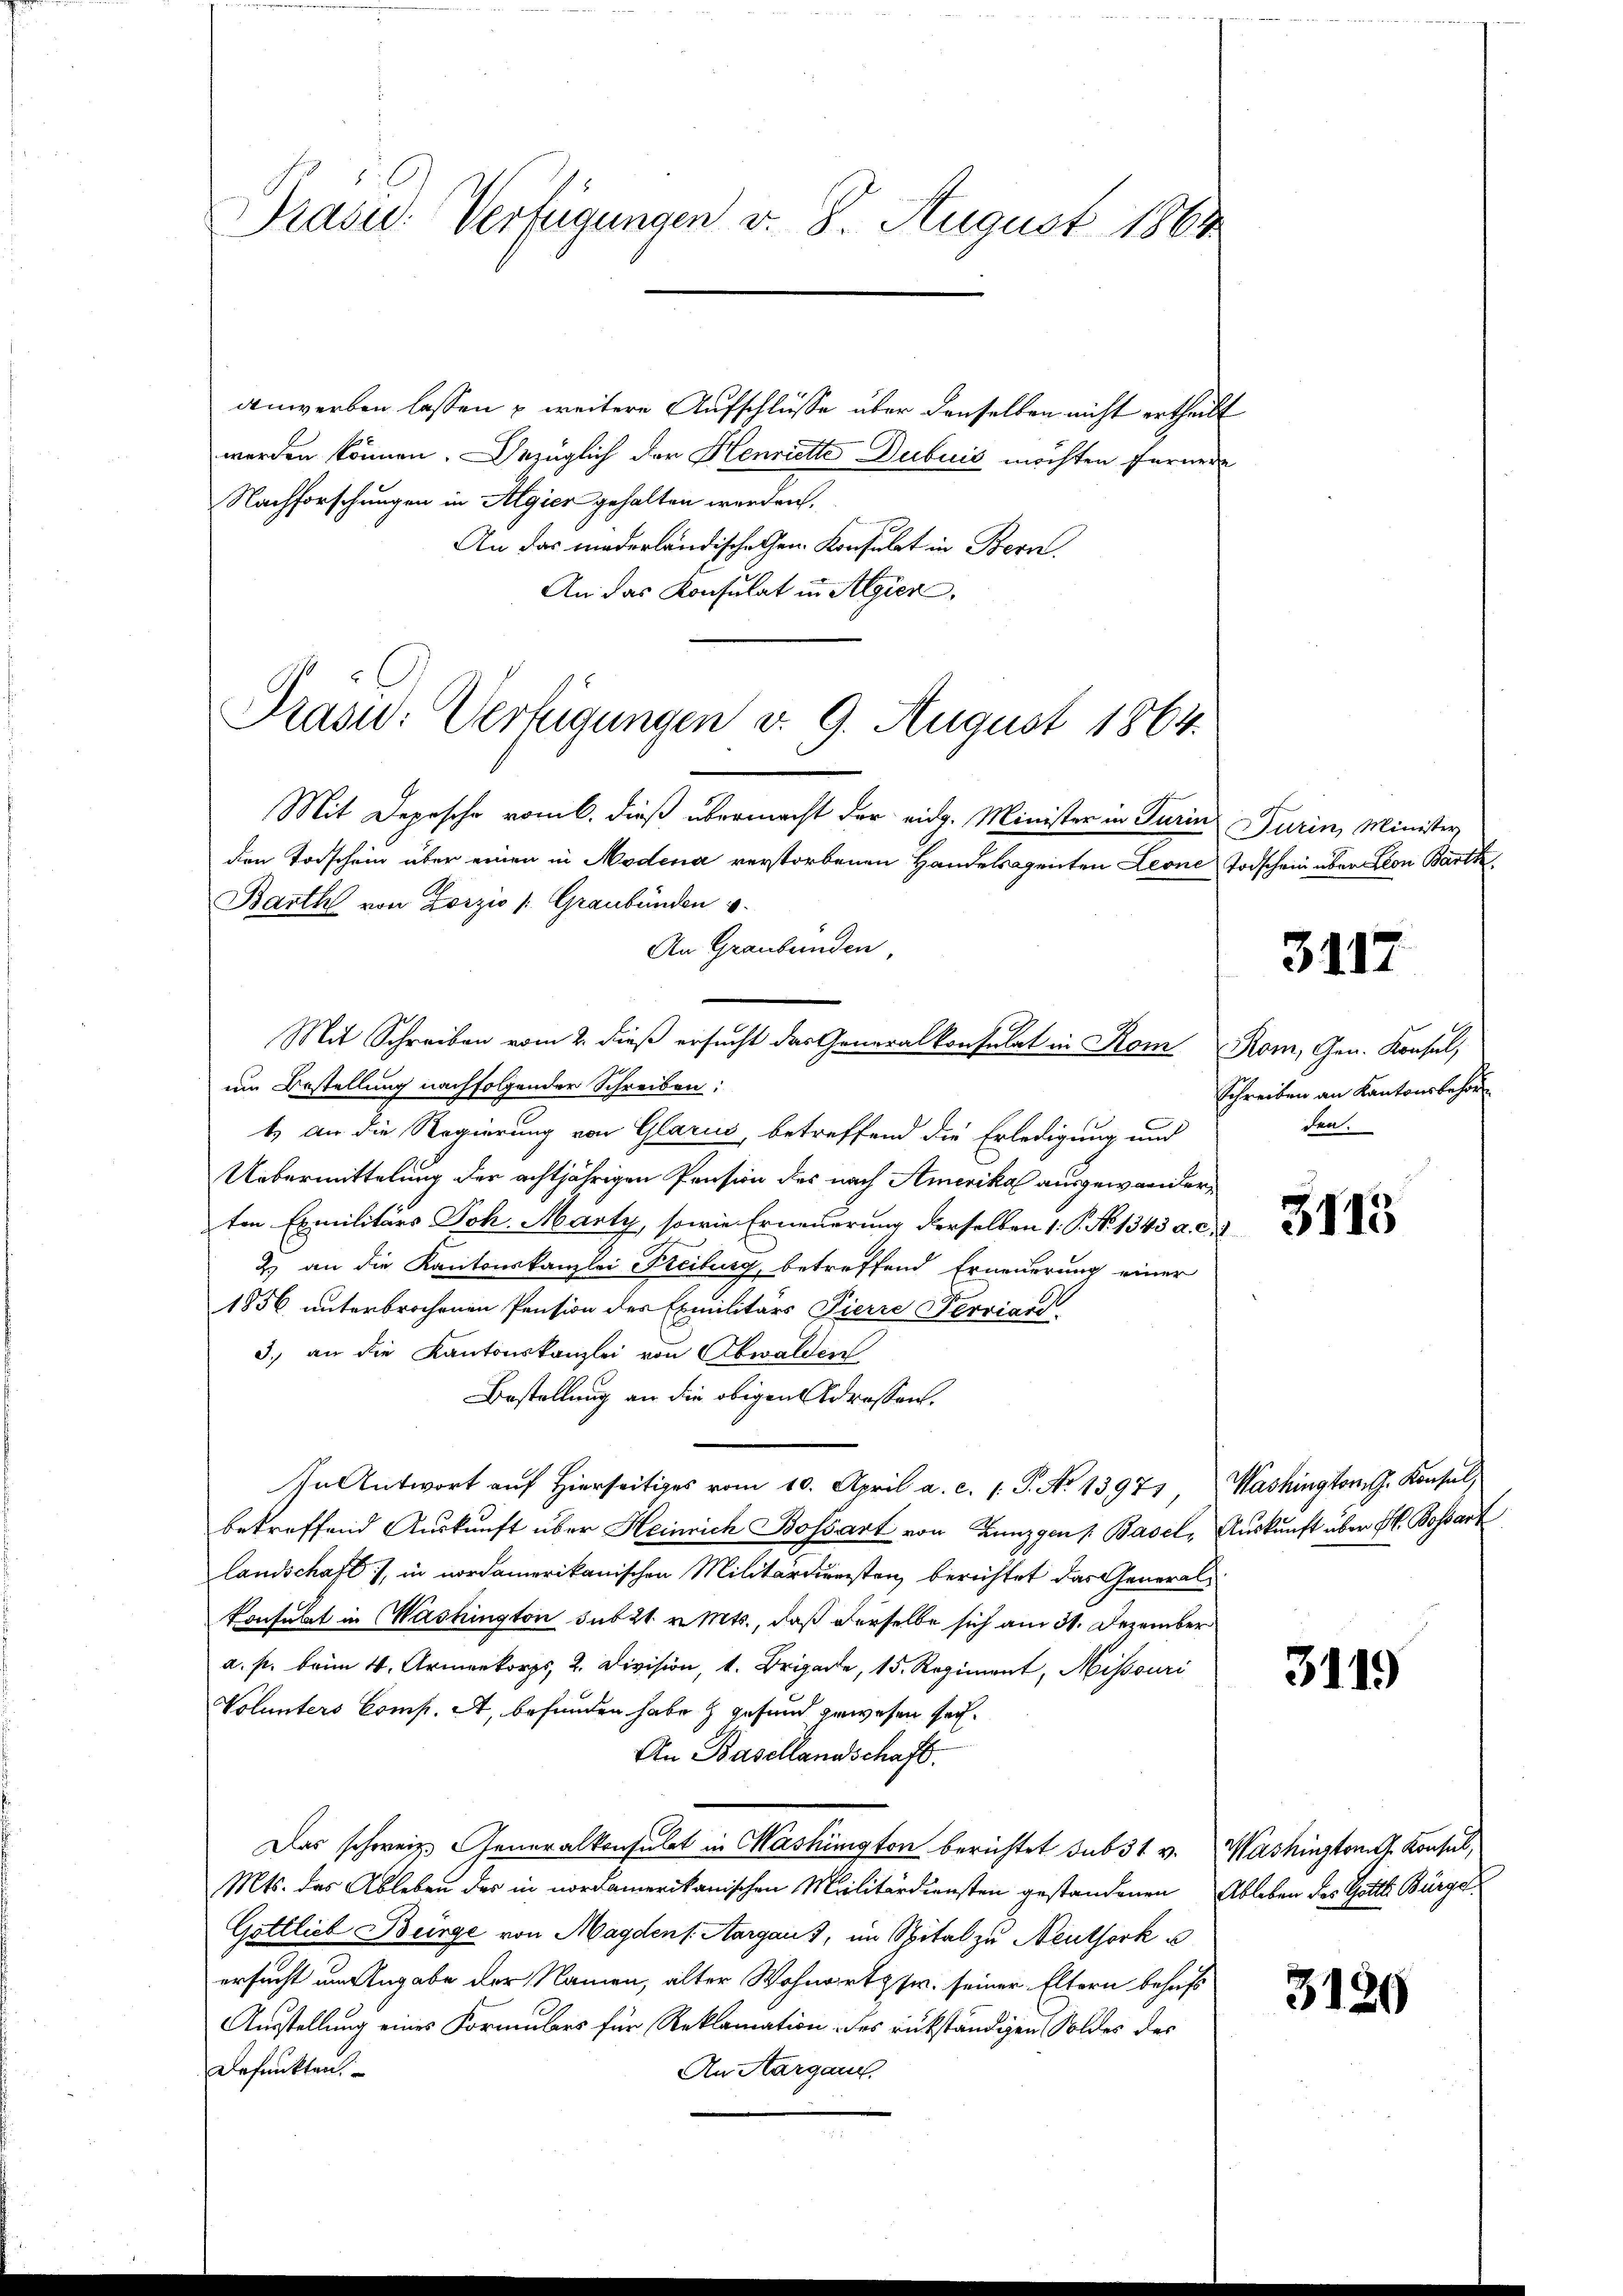
Präsid. Verfügungen v. 8. August 1864

anwerben lassen u weitere Aufschlüsse über denselben nicht ertheilt
werden können. Bezüglich der Henriette Dubuis möchten Fernere
Nachforschungen in Algier gehalten werden.
An das niederländische Gen. Konsulat in Bern.
An das Konsulat in Algien,
Mit Depesche vom 6. dieß übermacht der eidg. Minister in Turin Turin, Minister
den Todschein über einen in Modena verstorbenen Handelsagenten Leone
Barth von Zorzio /: Graubünden v
An Graubünden,
Mit Schreiben vom 2. dieß ersucht das Generalkonsulat in Rom Rom, Gen. Konsul,
um Bestellung nachfolgender Schreiben:
1.) An die Regierung von Glarus, betreffend die Erledigung und
Uebermittelung der achtjährigen Pension des nach Amerika ausgewanderten Exmilitärs Joh. Marty, sowie Erneuerung derselben 1. P. No. 1343 a. c.
2) an die Kantonskanzlei Freiburg, betreffend Erneuerung einer
1856 unterbrochenen Pension des Exmilitärs Pierre Serviard
3.) an die Kantonskanzlei von Obwalden
Bestellung an die obigen Adressen.
In Antwort auf Hierseitiges vom 10. April a. c. 1. P. No 13971, Washington. Konsul
betreffend Auskunft über Heinrich Bossart von Lunzgen Basel, Auskunft über H. Bossart
landschaft, in nordamerikanischen Militärdiensten berichtet das General-
konsulat in Washington sub 21. v. Mts., daß derselbe sich am 31. Dezember
a. p. beim 4. Armenkorps, 2. Division, 1. Brigade, 15. Regiment, Missouri
Volunters Comp. A, befunden habe & gefund gewesen sei.
An Basellandschaft.
Das schweiz. Generalkonsulat in Mashington berichtet sub 31 v. Washington G. Konsul,
Mts. des Ableben des in nordamerikanischen Militärdiensten gestandenen Ableben des Gottl. Bürge
Gottlieb Bürge von Magden (Aargaus, im Spital zu Neuthork s
ersucht um Angabe der Namen, alter Wohnorts sr. seiner Eltern behufs
Ausstellung eines Formulars für Reklamation des rükständigen Soldes des
Defunkten.
An Aargau,

Präsid.: Verfügungen v. 9. August 1864.

2

Todschein über son Barth.

3117

Schreiben an Kantonsbehör
den.

3113

3119

3120